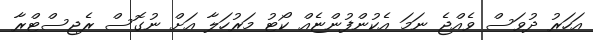
އަހަރު ދުވަސް ވެއްޖެ ނަމަ އެކުންފުންޏެއް ކޯޓު މަރުހަލާ އަށް ނުގޮސް ރެޖިސްޓްރާ